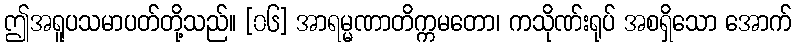
ဤအရူပသမာပတ်တို့သည်။ [၀၆] အာရမ္မဏာတိက္ကမတော၊ ကသိုဏ်းရုပ် အစရှိသော အောက်